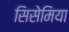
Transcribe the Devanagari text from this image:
सिसेमिया